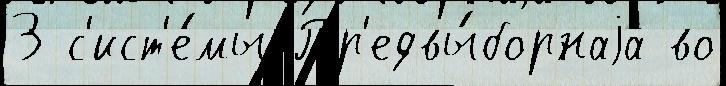
3 с'ист'е́мы Пр'едвы́борнаjа во